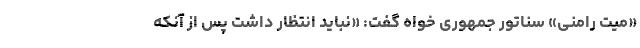
«میت رامنی» سناتور جمهوری خواه گفت: «نباید انتظار داشت پس از آنکه